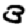
Digit: 3